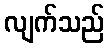
လျက်သည်